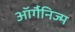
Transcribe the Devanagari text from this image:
ऑर्गैनिज्म